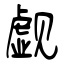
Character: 觑